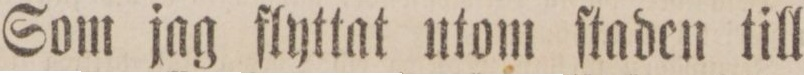
Som jag flyttat utom ſtaden till